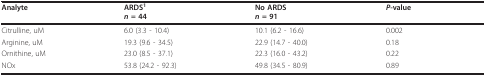
| Analyte | ARDS1n = 44 | No ARDSn = 91 | P-value |
 | --- | --- | --- | --- |
 | Citrulline, uM | 6.0 (3.3 - 10.4) | 10.1 (6.2 - 16.6) | 0.002 |
 | Arginine, uM | 19.3 (9.6 - 34.5) | 22.9 (14.7 - 40.0) | 0.18 |
 | Ornithine, uM | 23.0 (8.5 - 37.1) | 22.3 (16.0 - 43.2) | 0.22 |
 | NOx | 53.8 (24.2 - 92.3) | 49.8 (34.5 - 80.9) | 0.89 |